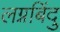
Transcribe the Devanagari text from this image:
लग्नबिंदु